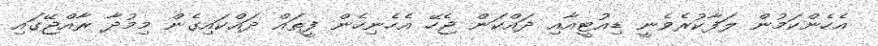
އެހެންކަމުން ލަފާކުރެވެނީ ޑިއުޓީއާއި ދައްކަން ޖެހޭ އެހެނިހެން ފީތައް ދައްކައިގެން މިމުދާ ރާއްޖޭގައި